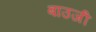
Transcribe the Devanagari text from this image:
बाउजी